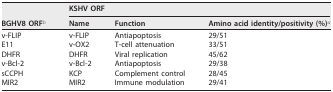
<table><thead><tr><td rowspan="2"><b>BGHV8 ORF<sup>b</sup></b></td><td colspan="3"><b>KSHV ORF</b></td></tr><tr><td><b>Name</b></td><td><b>Function</b></td><td><b>Amino acid identity/positivity (%)<sup>a</sup></b></td></tr></thead><tbody><tr><td>v-FLIP</td><td>v-FLIP</td><td>Antiapoptosis</td><td>29/51</td></tr><tr><td>E11</td><td>v-OX2</td><td>T-cell attenuation</td><td>33/51</td></tr><tr><td>DHFR</td><td>DHFR</td><td>Viral replication</td><td>45/62</td></tr><tr><td>v-Bcl-2</td><td>v-Bcl-2</td><td>Antiapoptosis</td><td>29/38</td></tr><tr><td>sCCPH</td><td>KCP</td><td>Complement control</td><td>28/45</td></tr><tr><td>MIR2</td><td>MIR2</td><td>Immune modulation</td><td>29/41</td></tr></tbody></table>